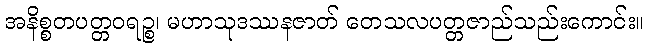
အနိစ္စတပတ္တဝရဉ္စ၊ မဟာသုဒဿနဇာတ် တေသလပတ္တဇာည်သည်းကောင်း။